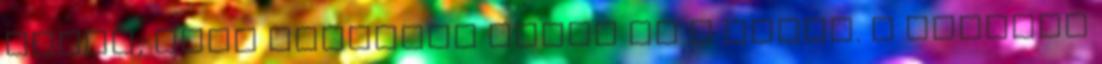
ahhoz, hogy elsőként érjen be a célba. A holland